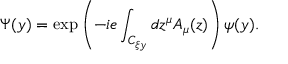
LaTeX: \Psi ( y ) = \exp \left( { - i e \int _ { C _ { \xi y } } { d z ^ { \mu } A _ { \mu } ( z ) } } \right) \psi ( y ) .